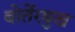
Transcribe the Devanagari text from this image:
बोर्तेरबुख